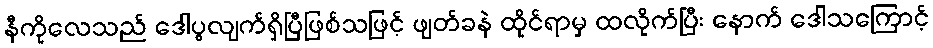
နီကိုလေသည် ဒေါပွလျက်ရှိပြီဖြစ်သဖြင့် ဖျတ်ခနဲ ထိုင်ရာမှ ထလိုက်ပြီး နောက် ဒေါသကြောင့်